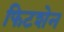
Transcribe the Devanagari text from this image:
फिटशेन